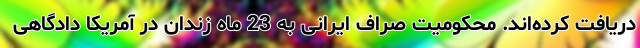
دریافت کرده‌اند. محکومیت صراف ایرانی به 23 ماه زندان در آمریکا دادگاهی